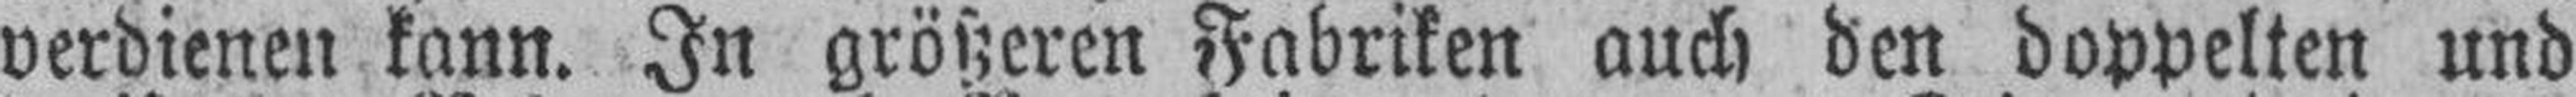
verdienen kann. In größeren Fabriken auch den doppelten und